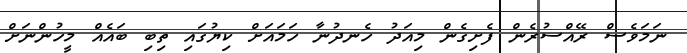
ނަމަވެސް ރޭއްސުރެން ފެށިގެން މިއަދު ހެނދުނާ ހަމައަށް ކިޔުގައި ތިބި ބައެއް މީހުންނަށް